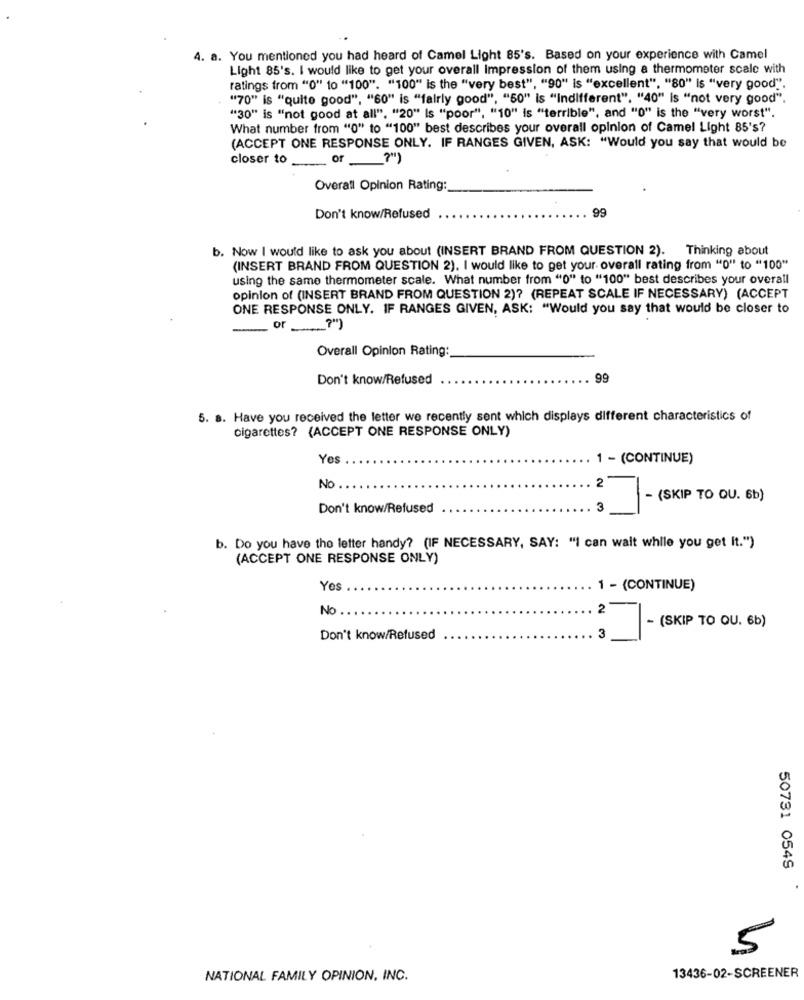
4. a. You mentioned you had heard of Camel Light 85's. Based on your experience with Camel
Light 85's. I would like to get your overall Impression of them using a thermometer scale with
ratings from "0" to "100". "100" is the "very best", "90" is "excellent", "80" is "very good".
"70" is "quite good", "60" is "fairly good", "50" is "indifferent". "40" is "not very good".
"30" is "not good at all", "20" Is "poor", "10" is "terrible", and "0" is the "very worst".
What number from "0" to "100" best describes your overall opinion of Camel Light 85's?
(ACCEPT ONE RESPONSE ONLY. IF RANGES GIVEN, ASK: "Would you say that would be
closer to
or ?")
Overall Opinion Rating:
99
Don't know/Refused
b. Now I would like to ask you about (INSERT BRAND FROM QUESTION 2). Thinking about
(INSERT BRAND FROM QUESTION 2). I would like to get your overall rating from "0" to "100"
using the same thermometer scale. What number from "0" to "100" best describes your overall
opinion of (INSERT BRAND FROM QUESTION 2)? (REPEAT SCALE IF NECESSARY) (ACCEPT
ONE RESPONSE ONLY. IF RANGES GIVEN, ASK: "Would you say that would be closer to
or
Overall Opinion Rating:
Don't know/Refused
99
5. s. Have you received the letter we recently sent which displays different characteristics of
cigarettes? (ACCEPT ONE RESPONSE ONLY)
Yes
1 - (CONTINUE)
No
2
- (SKIP TO QU. 6b)
Don't know/Refused
3
b. Do you have the letter handy? (IF NECESSARY, SAY: "I can wait while you get It.")
(ACCEPT ONE RESPONSE ONLY)
Yes
1 - (CONTINUE)
No
2
- (SKIP TO QU. 6b)
Don't know/Refused
3
50731 0549
5
13436-02-SCREENER
NATIONAL FAMILY OPINION. INC.